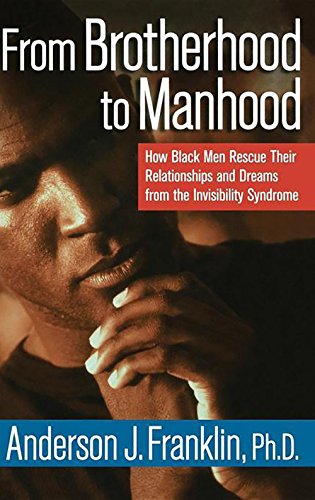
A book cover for From Brotherhood to Manhood: How Black Men Rescue Their Relationships and Dreams from the Invisibility Syndrome; Anderson J.  Franklin; Medical Books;